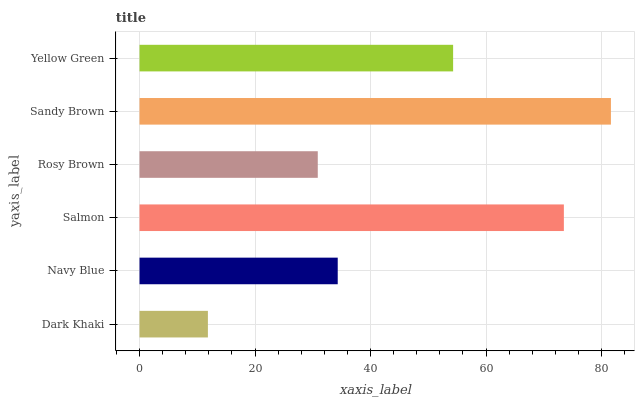
| yaxis_label | bars |
 | --- | --- |
 | Dark Khaki | 11.8 |
 | Navy Blue | 34.3 |
 | Salmon | 73.5 |
 | Rosy Brown | 30.9 |
 | Sandy Brown | 81.6 |
 | Yellow Green | 54.3 |